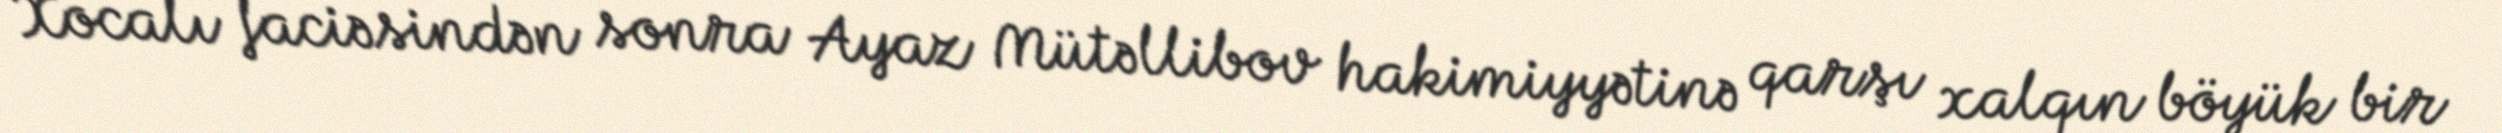
Xocalı faciəsindən sonra Ayaz Mütəllibov hakimiyyətinə qarşı xalqın böyük bir